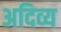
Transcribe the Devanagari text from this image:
अदिव्य